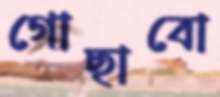
গোছাবো